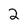
Character: 2